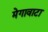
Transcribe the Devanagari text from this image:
मेगावाटा